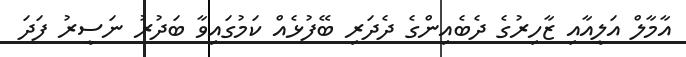
އާމާލް އަލީއާއި ޒާހިރުގެ ދެބެއިންގެ ދެދަރި ބޭފުޅެއް ކަމުގައިވާ ބަދުރު ނަސީރު ފަދަ